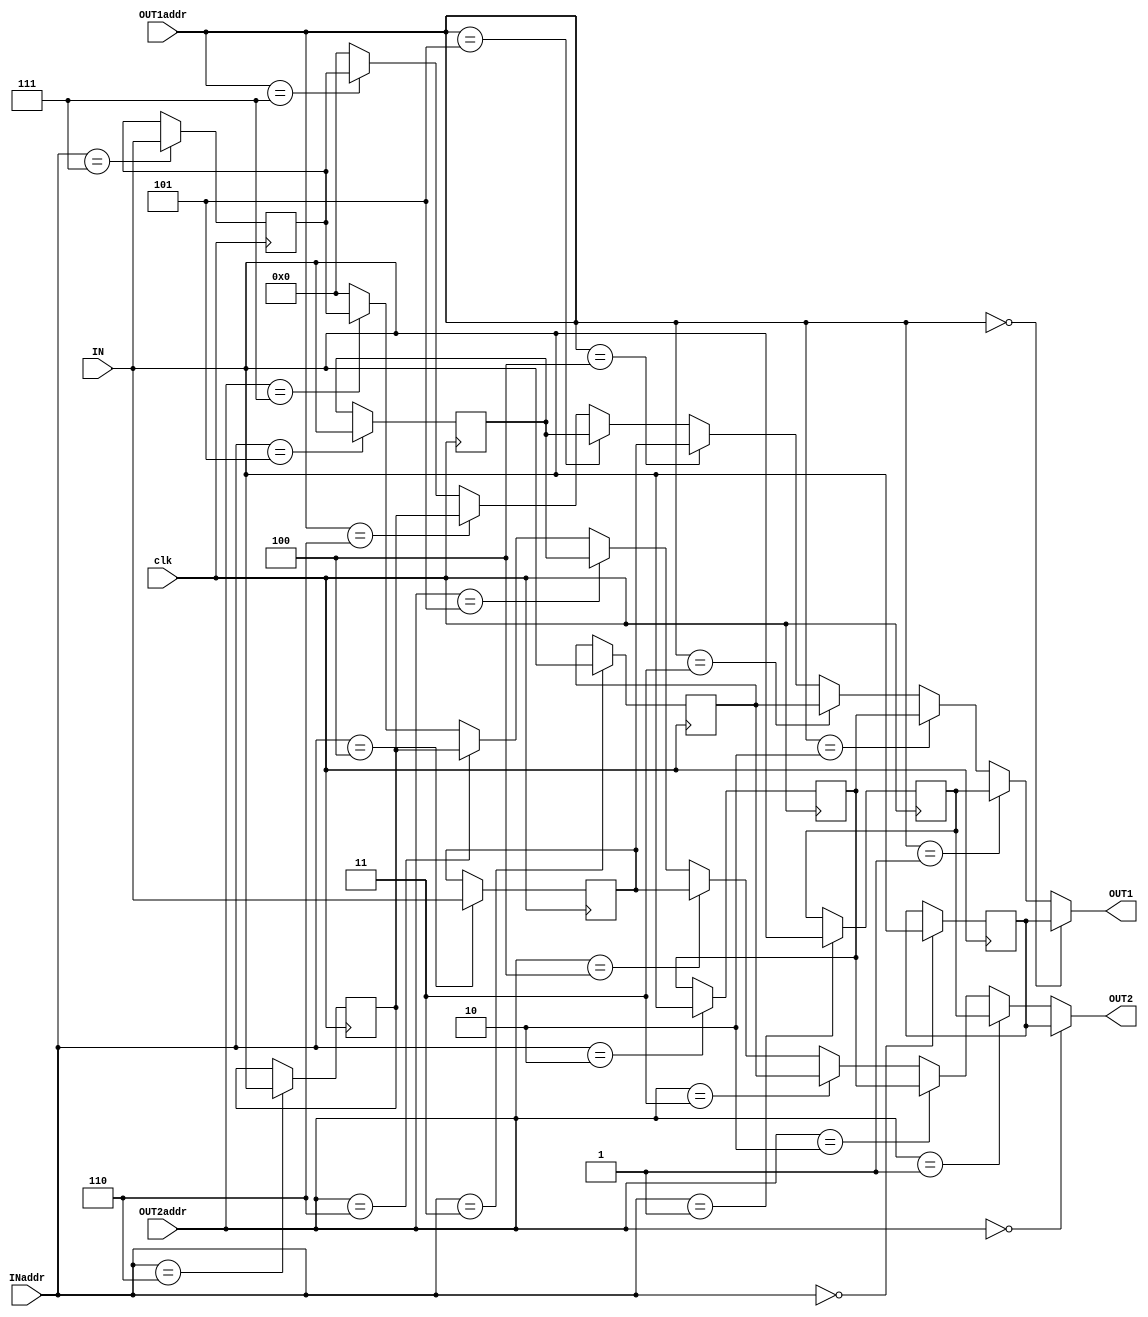
module regfile8x8a(clk, INaddr, IN, OUT1addr, OUT1, OUT2addr, OUT2);

	input clk;
	input [2:0] INaddr,OUT1addr,OUT2addr;
	input [7:0] IN;
	output [7:0] OUT1, OUT2;
	
	reg [7:0] reg0, reg1, reg2, reg3,reg4,reg5,reg6,reg7;

	assign OUT1 = OUT1addr==0?reg0:OUT1addr==1?reg1:OUT1addr==2?reg2:OUT1addr==3?reg3:OUT1addr==4?reg4:OUT1addr==5?reg5:OUT1addr==6?reg6:OUT1addr==7?reg7:0;
	assign OUT2 = OUT2addr==0?reg0:OUT2addr==1?reg1:OUT2addr==2?reg2:OUT2addr==3?reg3:OUT2addr==4?reg4:OUT2addr==5?reg5:OUT2addr==6?reg6:OUT2addr==7?reg7:0;

	always @(negedge clk) 
	begin
	$display("ADDR\nOUT1addr - %d\nOUT2addr - %d\nINaddr - %d\n", OUT1addr, OUT2addr,INaddr);
	$display("Outputs from Register\nOUT1-%d\tOUT2-%d",OUT1,OUT2);
	#10
	if (INaddr == 0) begin
		reg0 = IN;
	end
	if (INaddr == 1) begin
		reg1 = IN;
	end
	if (INaddr == 2) begin
		reg2 = IN;
	end
	if (INaddr == 3) begin
		reg3 = IN;
	end
	if (INaddr == 4) begin
		reg4 = IN;
	end
	if (INaddr == 5) begin
		reg5 = IN;
	end
	if (INaddr == 6) begin
		reg6 = IN;
	end
	if (INaddr == 7) begin
		reg7 = IN;
	end
	/*case(INaddr)
		 0:
			assign reg0 = IN;
		 1:
			assign reg1 = IN;
		 2:
			assign reg2 = IN;
		 3:
			assign reg3 = IN;
		 4:
			assign reg4 = IN;
		 5:
			assign reg5 = IN;
		 6:
			assign reg6 = IN;
		 7:
			assign reg7 = IN;
	endcase
	*/
	$display("Input to the Register\ntoWrite-%d\n",IN);
	$display("regs %d %d %d %d %d %d %d %d", reg0, reg1, reg2, reg3, reg4, reg5, reg6, reg7);
	end 
endmodule
/*
module test;
	reg [7:0] in;
	reg [2:0] inaddr, out1addr, out2addr;
	wire [7:0] out1, out2;
	reg clk;

	regfile8x8a myReg(clk,inaddr,in, out1addr, out1, out2addr,out2);

	initial
	begin
		in = 8'd2;
		inaddr = 3'd1;
		out1addr = 3'd1;
		out2addr = 3'd2;
		#5 $display("before clk %d %d", out1, out2);
		#5 clk = 1;
		#5 $display("after posedge %d %d", out1, out2);
		#5 clk = 0;
		#5 $display("after negedge %d %d", out1, out2);
		inaddr = 3'd2;
		#5 clk = 1;
		#5 $display("after posedge %d %d", out1, out2);
		#5 clk = 0;
		#5 $display("after negedge %d %d", out1, out2);
		
		$finish;
	end
endmodule
*/